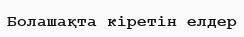
Болашақта кіретін елдер